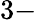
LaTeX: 3\mathrm{-}